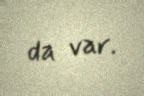
da var.